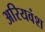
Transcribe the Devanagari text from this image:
अरियवंश